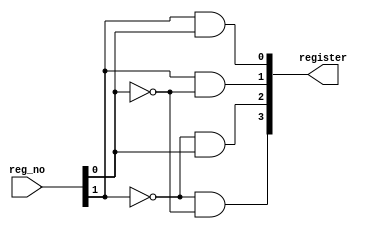
module decoder2_4 (register,reg_no);

	input [1:0] reg_no;
	output [0:3] register;
	
	wire [1:0] reg_not;
	
	not(reg_not[0],reg_no[0]);
	not(reg_not[1],reg_no[1]);
	and(register[0],reg_not[1],reg_not[0]);
	and(register[1],reg_not[1],reg_no[0]);
	and(register[2],reg_no[1],reg_not[0]);
	and(register[3],reg_no[1],reg_no[0]);
	
endmodule

/*
module tb_decoder;
	
	reg [1:0] reg_no;
	wire [3:0] register;
	
	decoder2_4 mydecoder(register,reg_no);
	
	initial
	begin
	#5 reg_no = 2'b00;
	#5 reg_no = 2'b01;
	#5 reg_no = 2'b10;
	#5 reg_no = 2'b11;
	end
	
	initial
	$monitor("%b %b",register,reg_no);
	
endmodule
*/